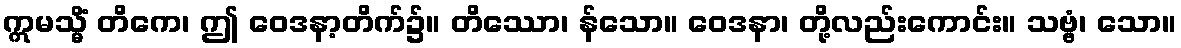
ဣမသ္မိံ တိကေ၊ ဤ ဝေဒနာ့တိက်၌။ တိဿော၊ န်သော။ ဝေဒနာ၊ တို့လည်းကောင်း။ သဗ္ဗံ၊ သော။